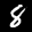
Label: 8